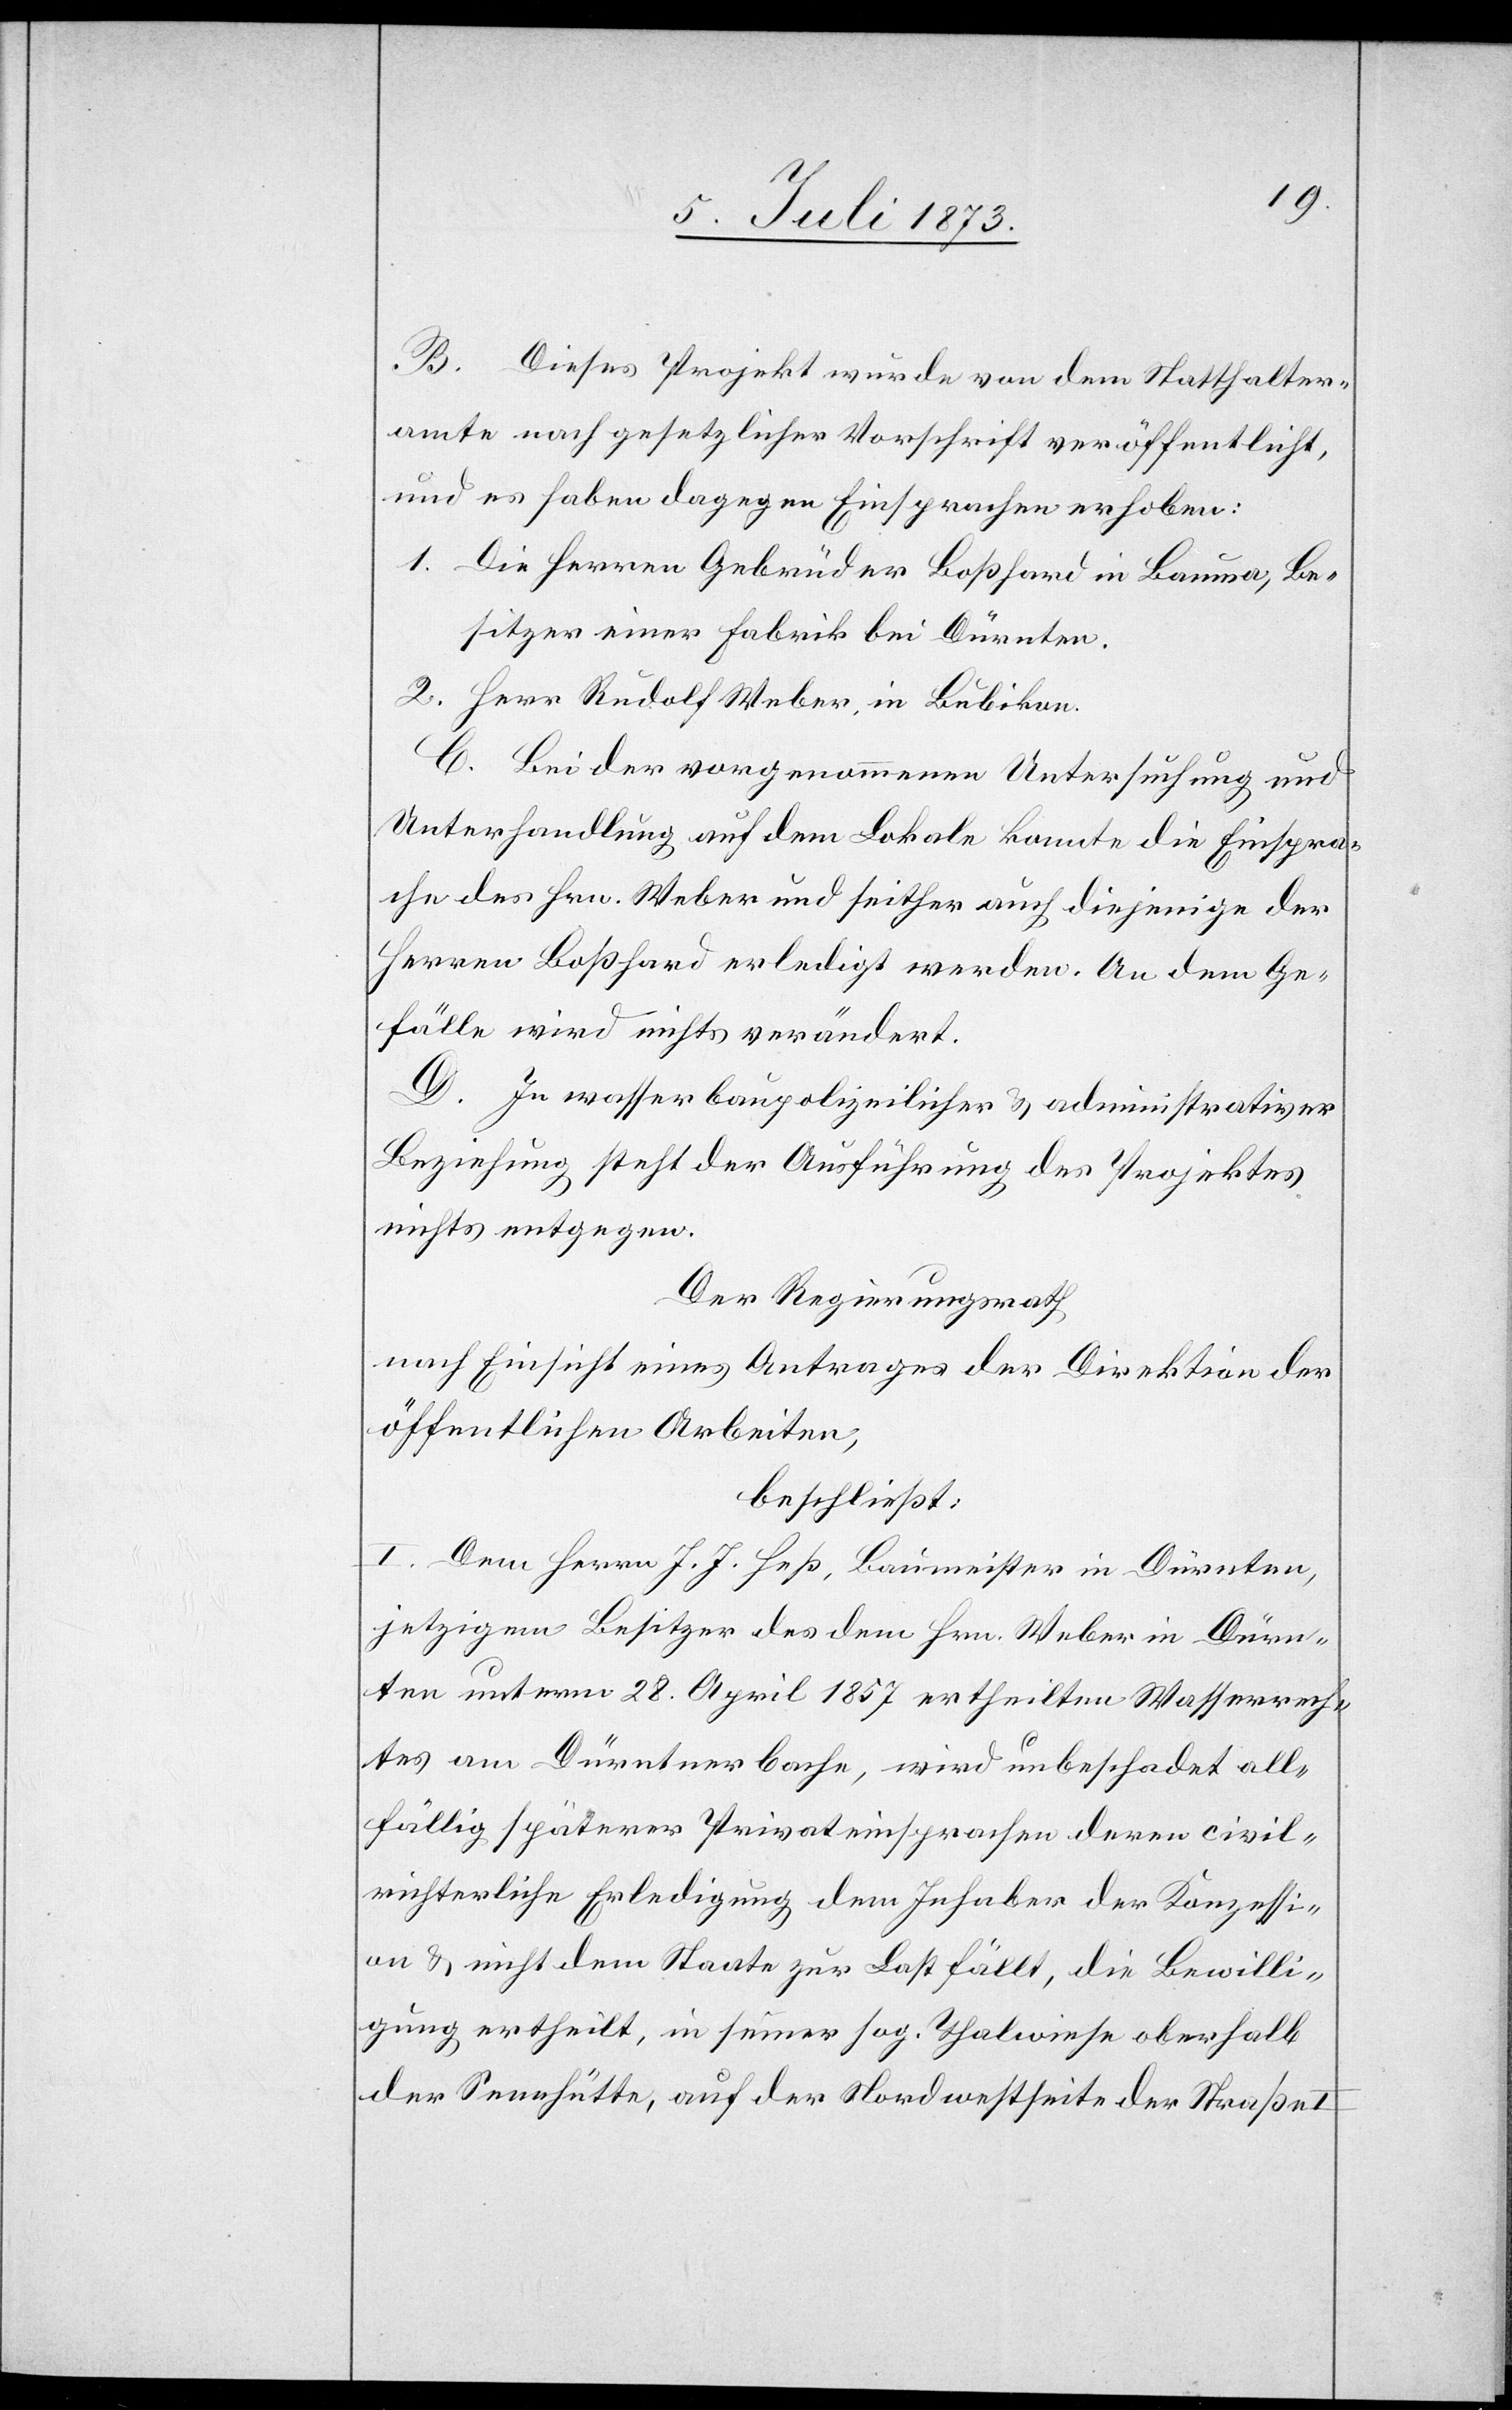
B. Dieses Projekt wurde von dem Statthalter¬
amte nach gesetzlicher Vorschrift veröffentlicht,
und es haben dagegen Einsprachen erhoben:
1. Die Herren Gebrüder Boßhard in Bauma, Be¬
sitzer einer Fabrik bei Dürnten.
2. Herr Rudolf Weber, in Bubikon.
C. Bei der vorgenommenen Untersuchung und
Unterhandlung auf dem Lokale konnte die Einspra¬
che des Hrn. Weber und seither auch diejenige der
Herren Boßhard erledigt werden. An dem Ge¬
fälle wird nichts verändert.
D. In wasserbaupolizeilicher & administrativer
Beziehung steht der Ausführung des Projektes
nichts entgegen.
Der Regierungsrath
nach Einsicht eines Antrages der Direktion der
öffentlichen Arbeiten,
beschließt:
I. Dem Herrn J. J. Heß, Baumeister in Dürnten,
jetzigem Besitzer des dem Hrn. Weber in Dürn¬
ten unterm 28. April 1857 ertheilten Wasserrech¬
tes am Dürntnerbache, wird unbeschadet all¬
fällig späterer Privateinsprachen deren civil¬
richterliche Erledigung dem Inhaber der Konzessi¬
on & nicht dem Staate zur Last fällt, die Bewilli¬
gung ertheilt, in seiner sog. Thalwiese oberhalb
der Sennhütte, auf der Nordwestseite der Straße